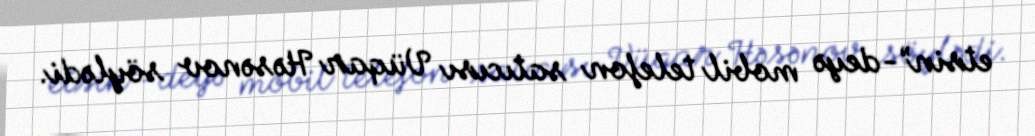
etsin”-deyə mobil telefon satıcısı Vüqar Həsənov söylədi.